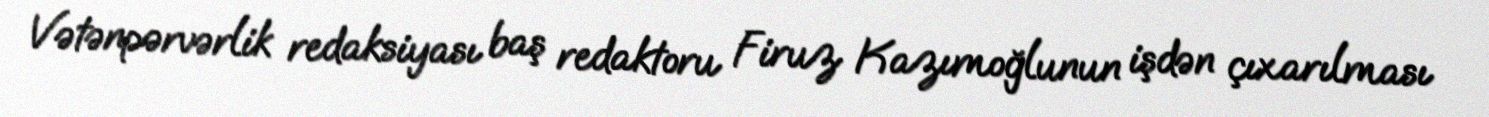
Vətənpərvərlik redaksiyası baş redaktoru Firuz Kazımoğlunun işdən çıxarılması